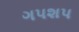
ગપશપ